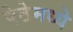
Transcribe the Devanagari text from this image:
पेठेमध्ये